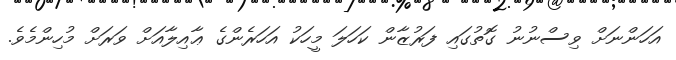
އަހަންނަށް ވިސްނުނު ގޮތުގައި ފަރުޒާން ކަހަލަ މީހަކު އަހަރެންގެ ޢާއިލާއަށް ވަރަށް މުހިންމެވެ.